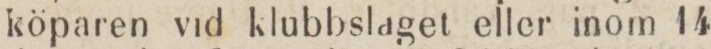
köparen vid klubbslaget eller inom 14